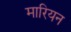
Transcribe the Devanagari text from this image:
मारियन